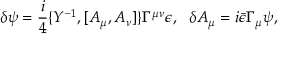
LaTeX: \delta \psi = \frac { i } { 4 } \{ Y ^ { - 1 } , [ A _ { \mu } , A _ { \nu } ] \} \Gamma ^ { \mu \nu } \epsilon , ~ ~ \delta A _ { \mu } = i \bar { \epsilon } \Gamma _ { \mu } \psi ,